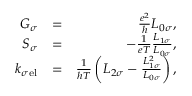
\begin{array} { r l r } { G _ { \sigma } } & { = } & { \frac { e ^ { 2 } } { h } L _ { 0 \sigma } , } \\ { S _ { \sigma } } & { = } & { - \frac { 1 } { e T } \frac { L _ { 1 \sigma } } { L _ { 0 \sigma } } , } \\ { k _ { \sigma \mathrm { e l } } } & { = } & { \frac { 1 } { h T } \left( L _ { 2 \sigma } - \frac { L _ { 1 \sigma } ^ { 2 } } { L _ { 0 \sigma } } \right) , } \end{array}